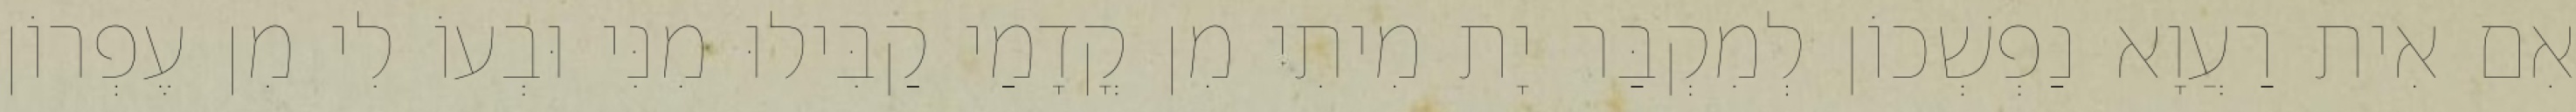
אִם אִית רַעֲוָא נַפְשְׁכוֹן לְמִקְבַּר יָת מִיתִי מִן קֳדָמַי קַבִּילוּ מִנִּי וּבְעוֹ לִי מִן עֶפְרוֹן